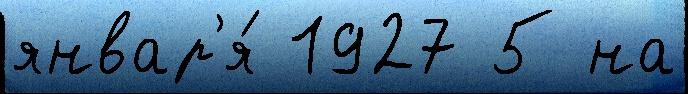
январ'я́ 1927 5 на